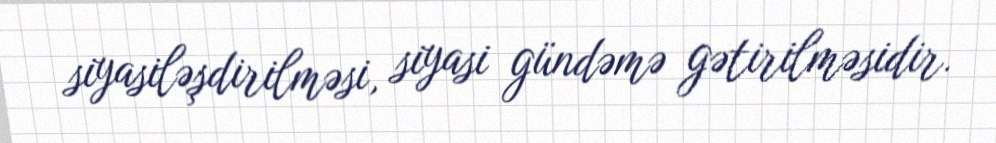
siyasiləşdirilməsi, siyasi gündəmə gətirilməsidir.